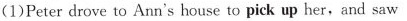
(1)Peter drove to Ann's house to pick up her, and saw